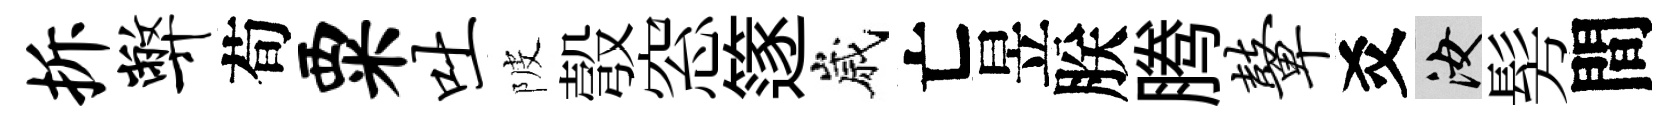
拆弊荀粟吐陂彀窓篴嵗亡昱朕腾鼙爻汝髣間